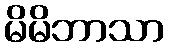
မိမိဘာသာ